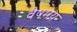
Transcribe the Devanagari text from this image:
वैषमय